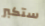
ستكبر